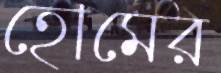
হোমের